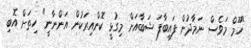
"ހޫމް މަވެސް ނަމާދުން ފައިބާފަ ޝަބާއަށް މިގުޅީ ކޮންއިރަކުން އަންނާނީ" ހިތަށް އޮބި